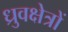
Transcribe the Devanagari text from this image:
ध्रुवक्षेत्रों